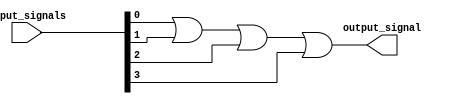
module four_input_or_gate (
    input [3:0] input_signals,
    output reg output_signal
);

always @* begin
    output_signal = (input_signals[0] | input_signals[1] | input_signals[2] | input_signals[3]);
end

endmodule